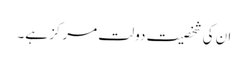
ان کی شخصیت دولت مرکز ہے۔